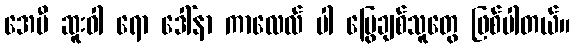
အေမီ ဆူးဝါ ရော ဒေါ်နာ ကာလေလ် ပါ မြွေချစ်သူတွေ ဖြစ်ပါတယ်။